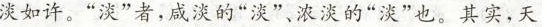
淡如许。“淡”者，咸淡的“淡”，浓淡的“淡”也。其实，天